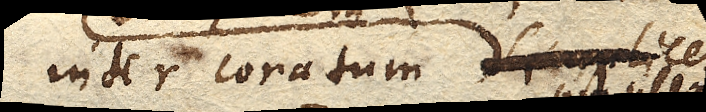
inter conatum simplicem